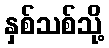
နှစ်သစ်သို့